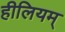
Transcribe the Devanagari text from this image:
हीलियम्